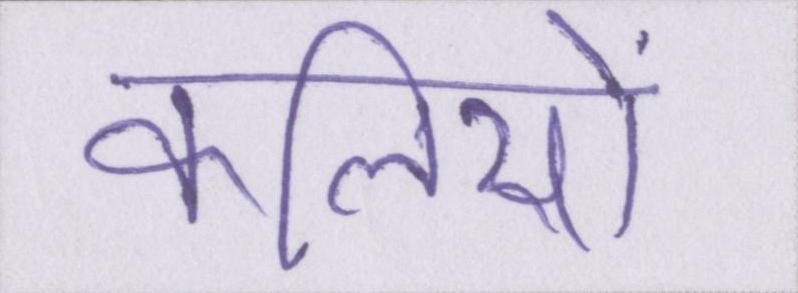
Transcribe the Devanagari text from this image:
कलियों